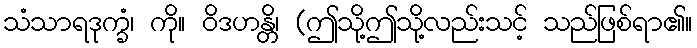
သံသာရဒုက္ခံ၊ ကို။ ဝိဒဟန္တိ၊ (ဤသို့ဤသို့လည်းသင့် သည်ဖြစ်ရာ၏။